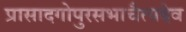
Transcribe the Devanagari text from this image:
प्रासादगोपुरसभाचैत्यदेव